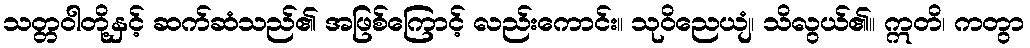
သတ္တဝါတို့နှင့် ဆက်ဆံသည်၏ အဖြစ်ကြောင့် လည်းကောင်း။ သုဝိညေယျံ၊ သိလွယ်၏။ ဣတိ၊ ကတွာ